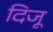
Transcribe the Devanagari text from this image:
दिजू